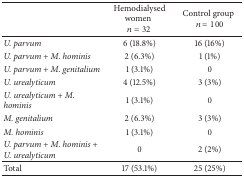
<table><thead><tr><td><b> </b></td><td><b>Hemodialysed women<i>n</i> = 32</b></td><td><b>Control group<i>n</i> = 100</b></td></tr></thead><tbody><tr><td><i>U. parvum </i></td><td>6 (18.8%)</td><td>16 (16%)</td></tr><tr><td><i>U. parvum</i> + <i>M. hominis </i></td><td>2 (6.3%)</td><td>1 (1%)</td></tr><tr><td><i>U. parvum</i> + <i>M. genitalium </i></td><td>1 (3.1%)</td><td>0</td></tr><tr><td><i>U. urealyticum </i></td><td>4 (12.5%)</td><td>3 (3%)</td></tr><tr><td><i>U. urealyticum</i> + <i>M. hominis </i></td><td>1 (3.1%)</td><td>0</td></tr><tr><td><i>M. genitalium </i></td><td>2 (6.3%)</td><td>3 (3%)</td></tr><tr><td><i>M. hominis </i></td><td>1 (3.1%)</td><td>0</td></tr><tr><td><i>U. parvum</i> + <i>M. hominis</i> + <i>U. urealyticum </i></td><td>0</td><td>2 (2%)</td></tr><tr><td>Total </td><td>17 (53.1%)</td><td>25 (25%)</td></tr></tbody></table>